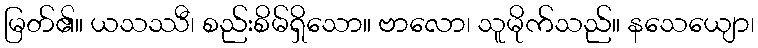
မြတ်၏။ ယသဿီ၊ စည်းစိမ်ရှိသော။ ဗာလော၊ သူမိုက်သည်။ နသေယျော၊